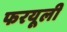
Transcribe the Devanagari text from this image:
फरयूली